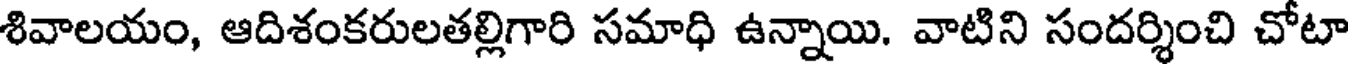
శివాలయం, ఆదిశంకరులతల్లిగారి సమాధి ఉన్నాయి. వాటిని సందర్శించి చోటా